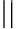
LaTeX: \mid\mid